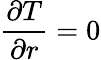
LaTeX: \frac{\partial T}{\partial r}=0